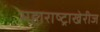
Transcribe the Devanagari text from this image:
महाराष्ट्राखेरीज